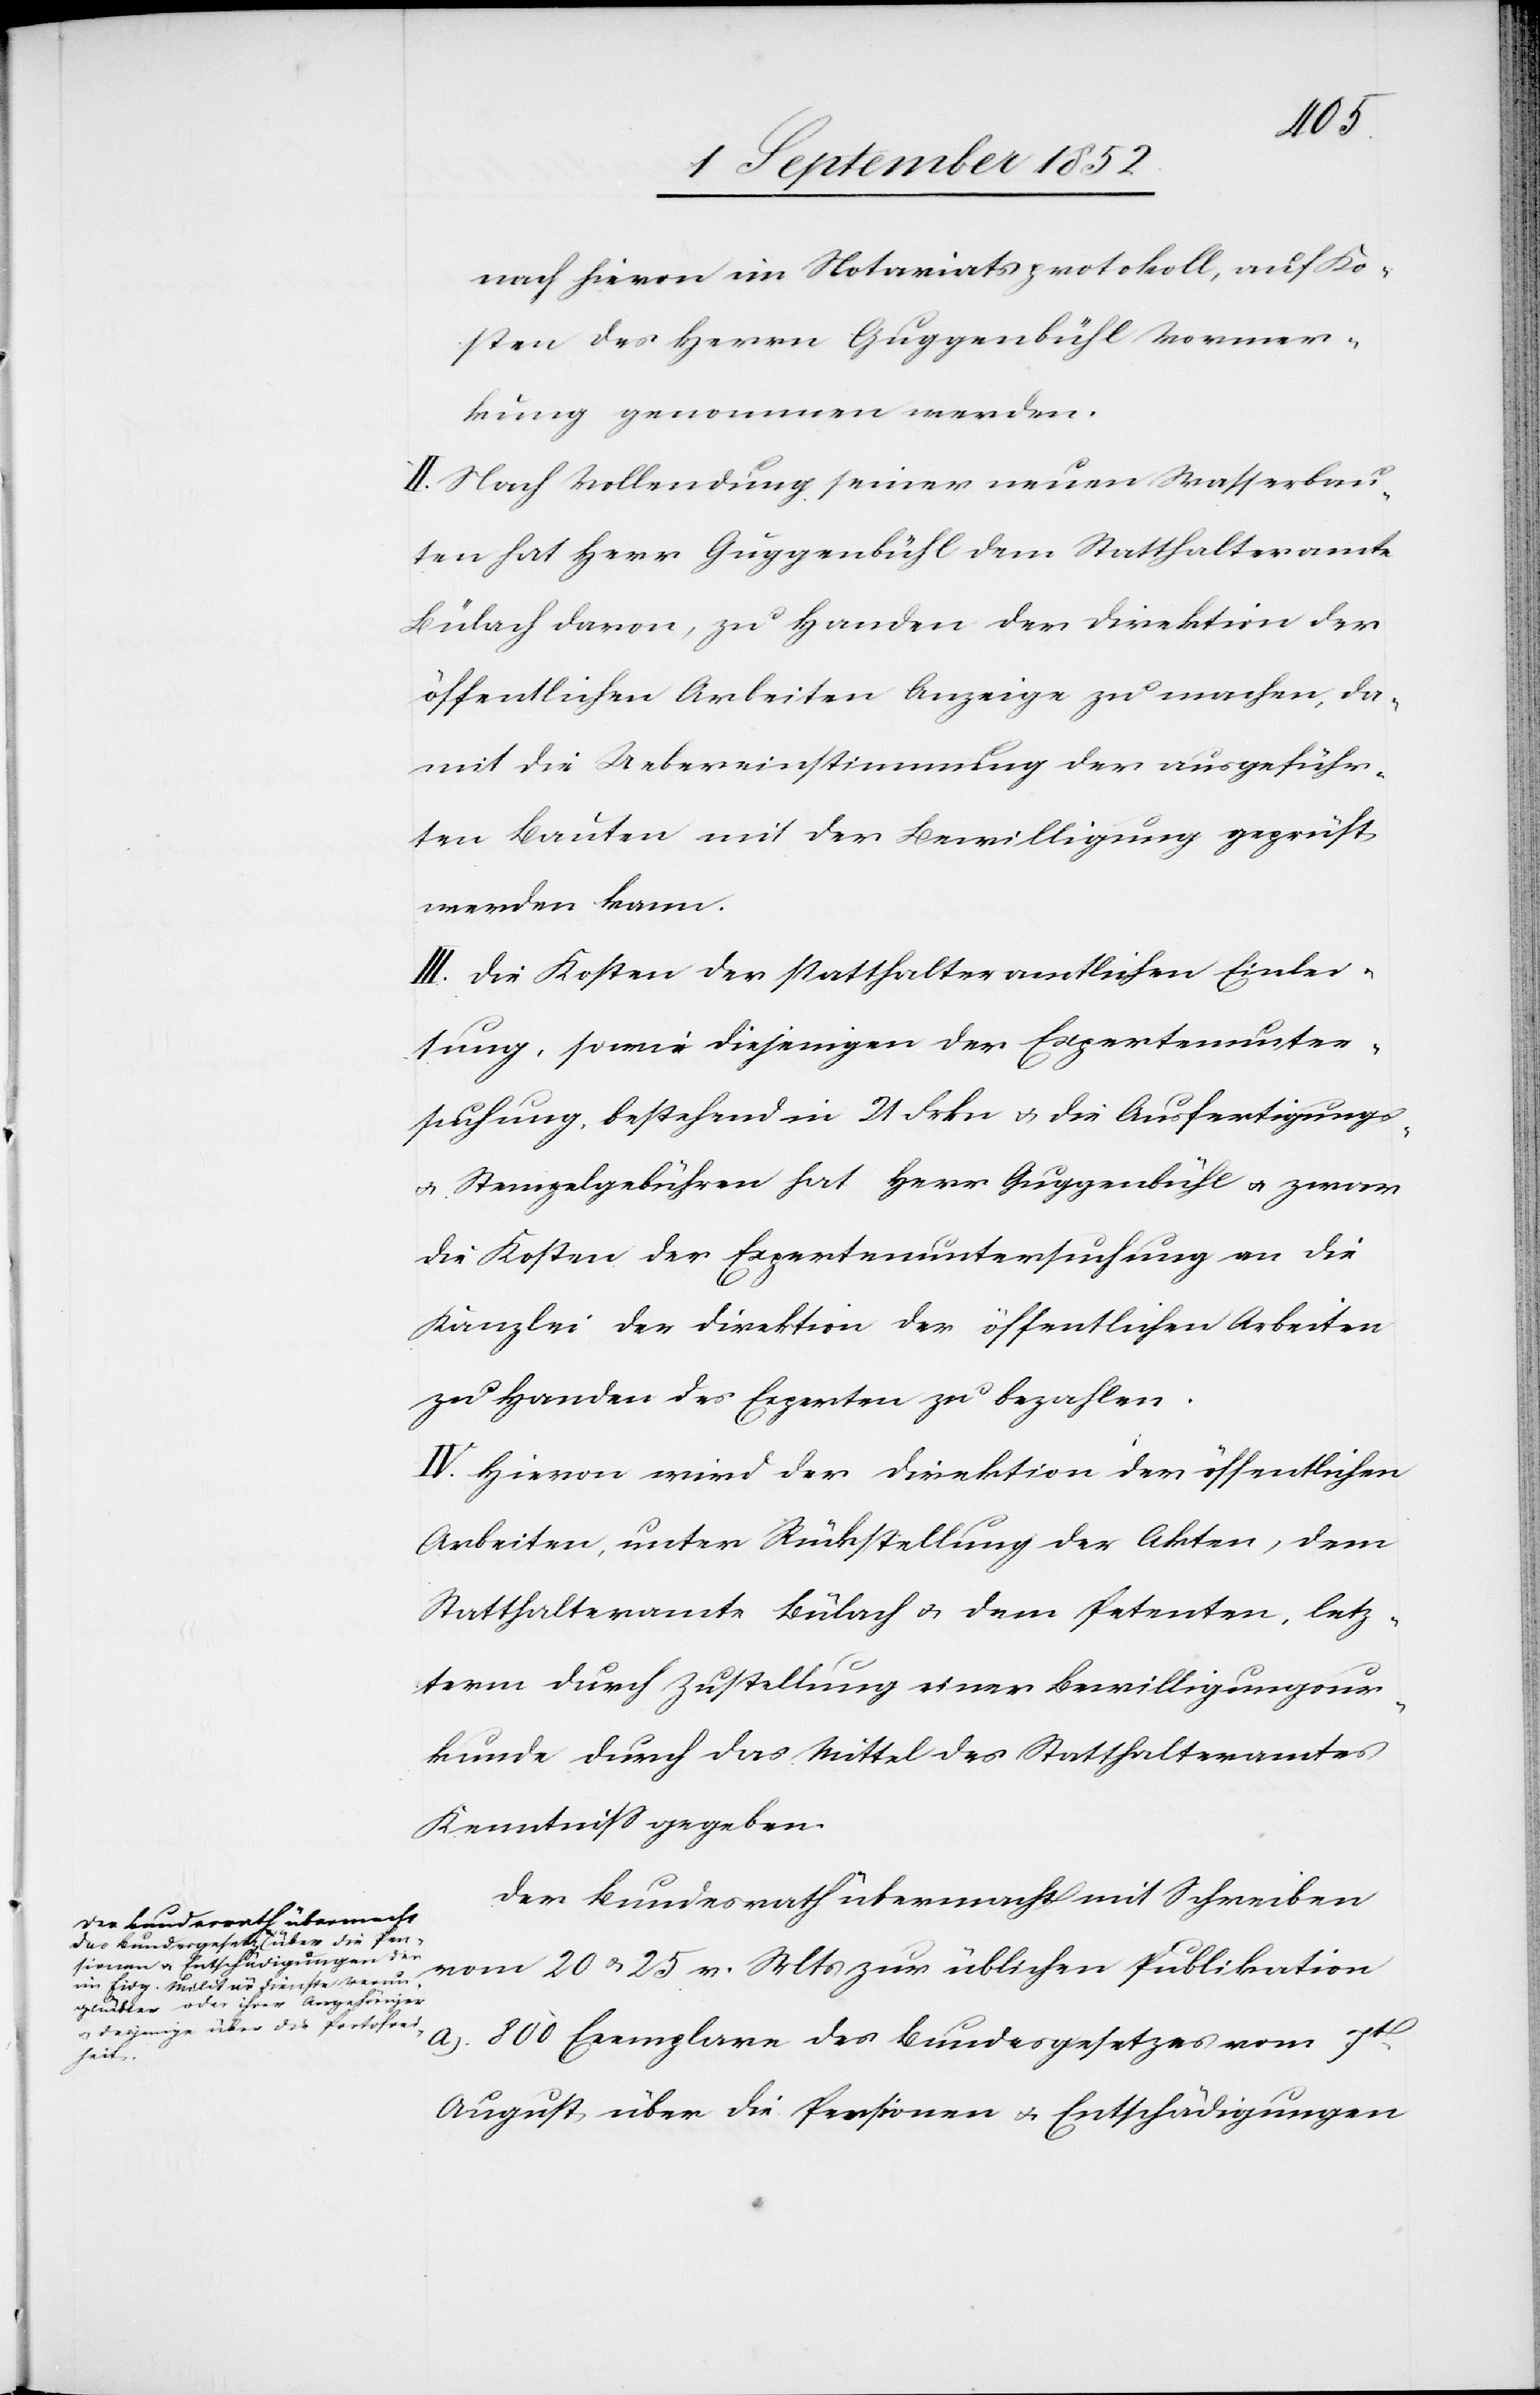
nach hievon im Notariatsprotokoll, auf Ko¬
sten des Herrn Guggenbühl Vormer¬
kung genommen werden.
II. Nach Vollendung seiner neuen Wasserbau¬
ten hat Herr Guggenbühl dem Statthalteramte
Bülach davon, zu Handen der Direktion der
öffentlichen Arbeiten Anzeige zu machen, da¬
mit die Uebereinstimmung der ausgeführ¬
ten Bauten mit der Bewilligung geprüft
werden kann.
III. Die Kosten der statthalteramtlichen Einlei¬
tung, sowie diejenigen der Expertenunter¬
suchung, bestehend in 21 Frkn & die Ausfertigungs-
& Stempelgebühren hat Herr Guggenbühl & zwar
die Kosten der Expertenuntersuchung an die
Kanzlei der Direktion der öffentlichen Arbeiten
zu Handen des Experten zu bezahlen.
IV. Hievon wird der Direktion der öffentlichen
Arbeiten, unter Rückstellung der Akten, dem
Statthalteramte Bülach & dem Petenten, letz¬
term durch Zustellung einer Bewilligungsur¬
kunde durch das Mittel des Statthalteramtes
Kenntniss gegeben.
Der Bundesrath übermacht mit Schreiben
vom 20 & 25 v. Mts zur üblichen Publikation
a). 800 Exemplare des Bundesgesetzes vom 7t.
August über die Pensionen & Entschädigungen